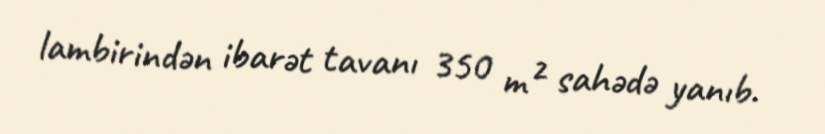
lambirindən ibarət tavanı 350 m² sahədə yanıb.